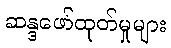
ဆန္ဒဖော်ထုတ်မှုများ